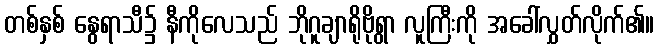
တစ်နှစ် နွေရာသီ၌ နီကိုလေသည် ဘိုဂူချာရိုဗိုရွာ လူကြီးကို အခေါ်လွှတ်လိုက်၏။